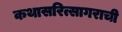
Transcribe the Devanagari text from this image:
कथासरित्सागराची